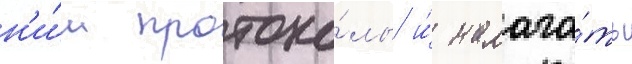
н'и́м протоко́лы и́ налага́ть